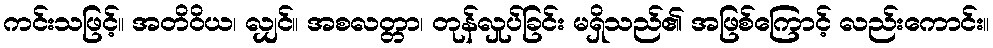
ကင်းသဖြင့်။ အတိဝိယ၊ လျှင်။ အစလတ္တာ၊ တုန်လှုပ်ခြင်း မရှိသည်၏ အဖြစ်ကြောင့် လည်းကောင်း။